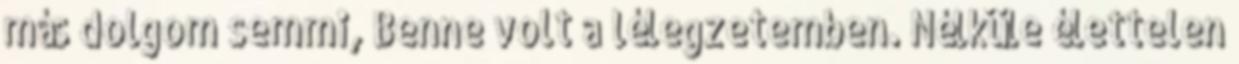
más dolgom semmi, Benne volt a lélegzetemben. Nélküle élettelen